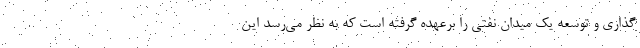
گذاری و توسعه یک میدان نفتی را برعهده گرفته است که به نظر می‌رسد این